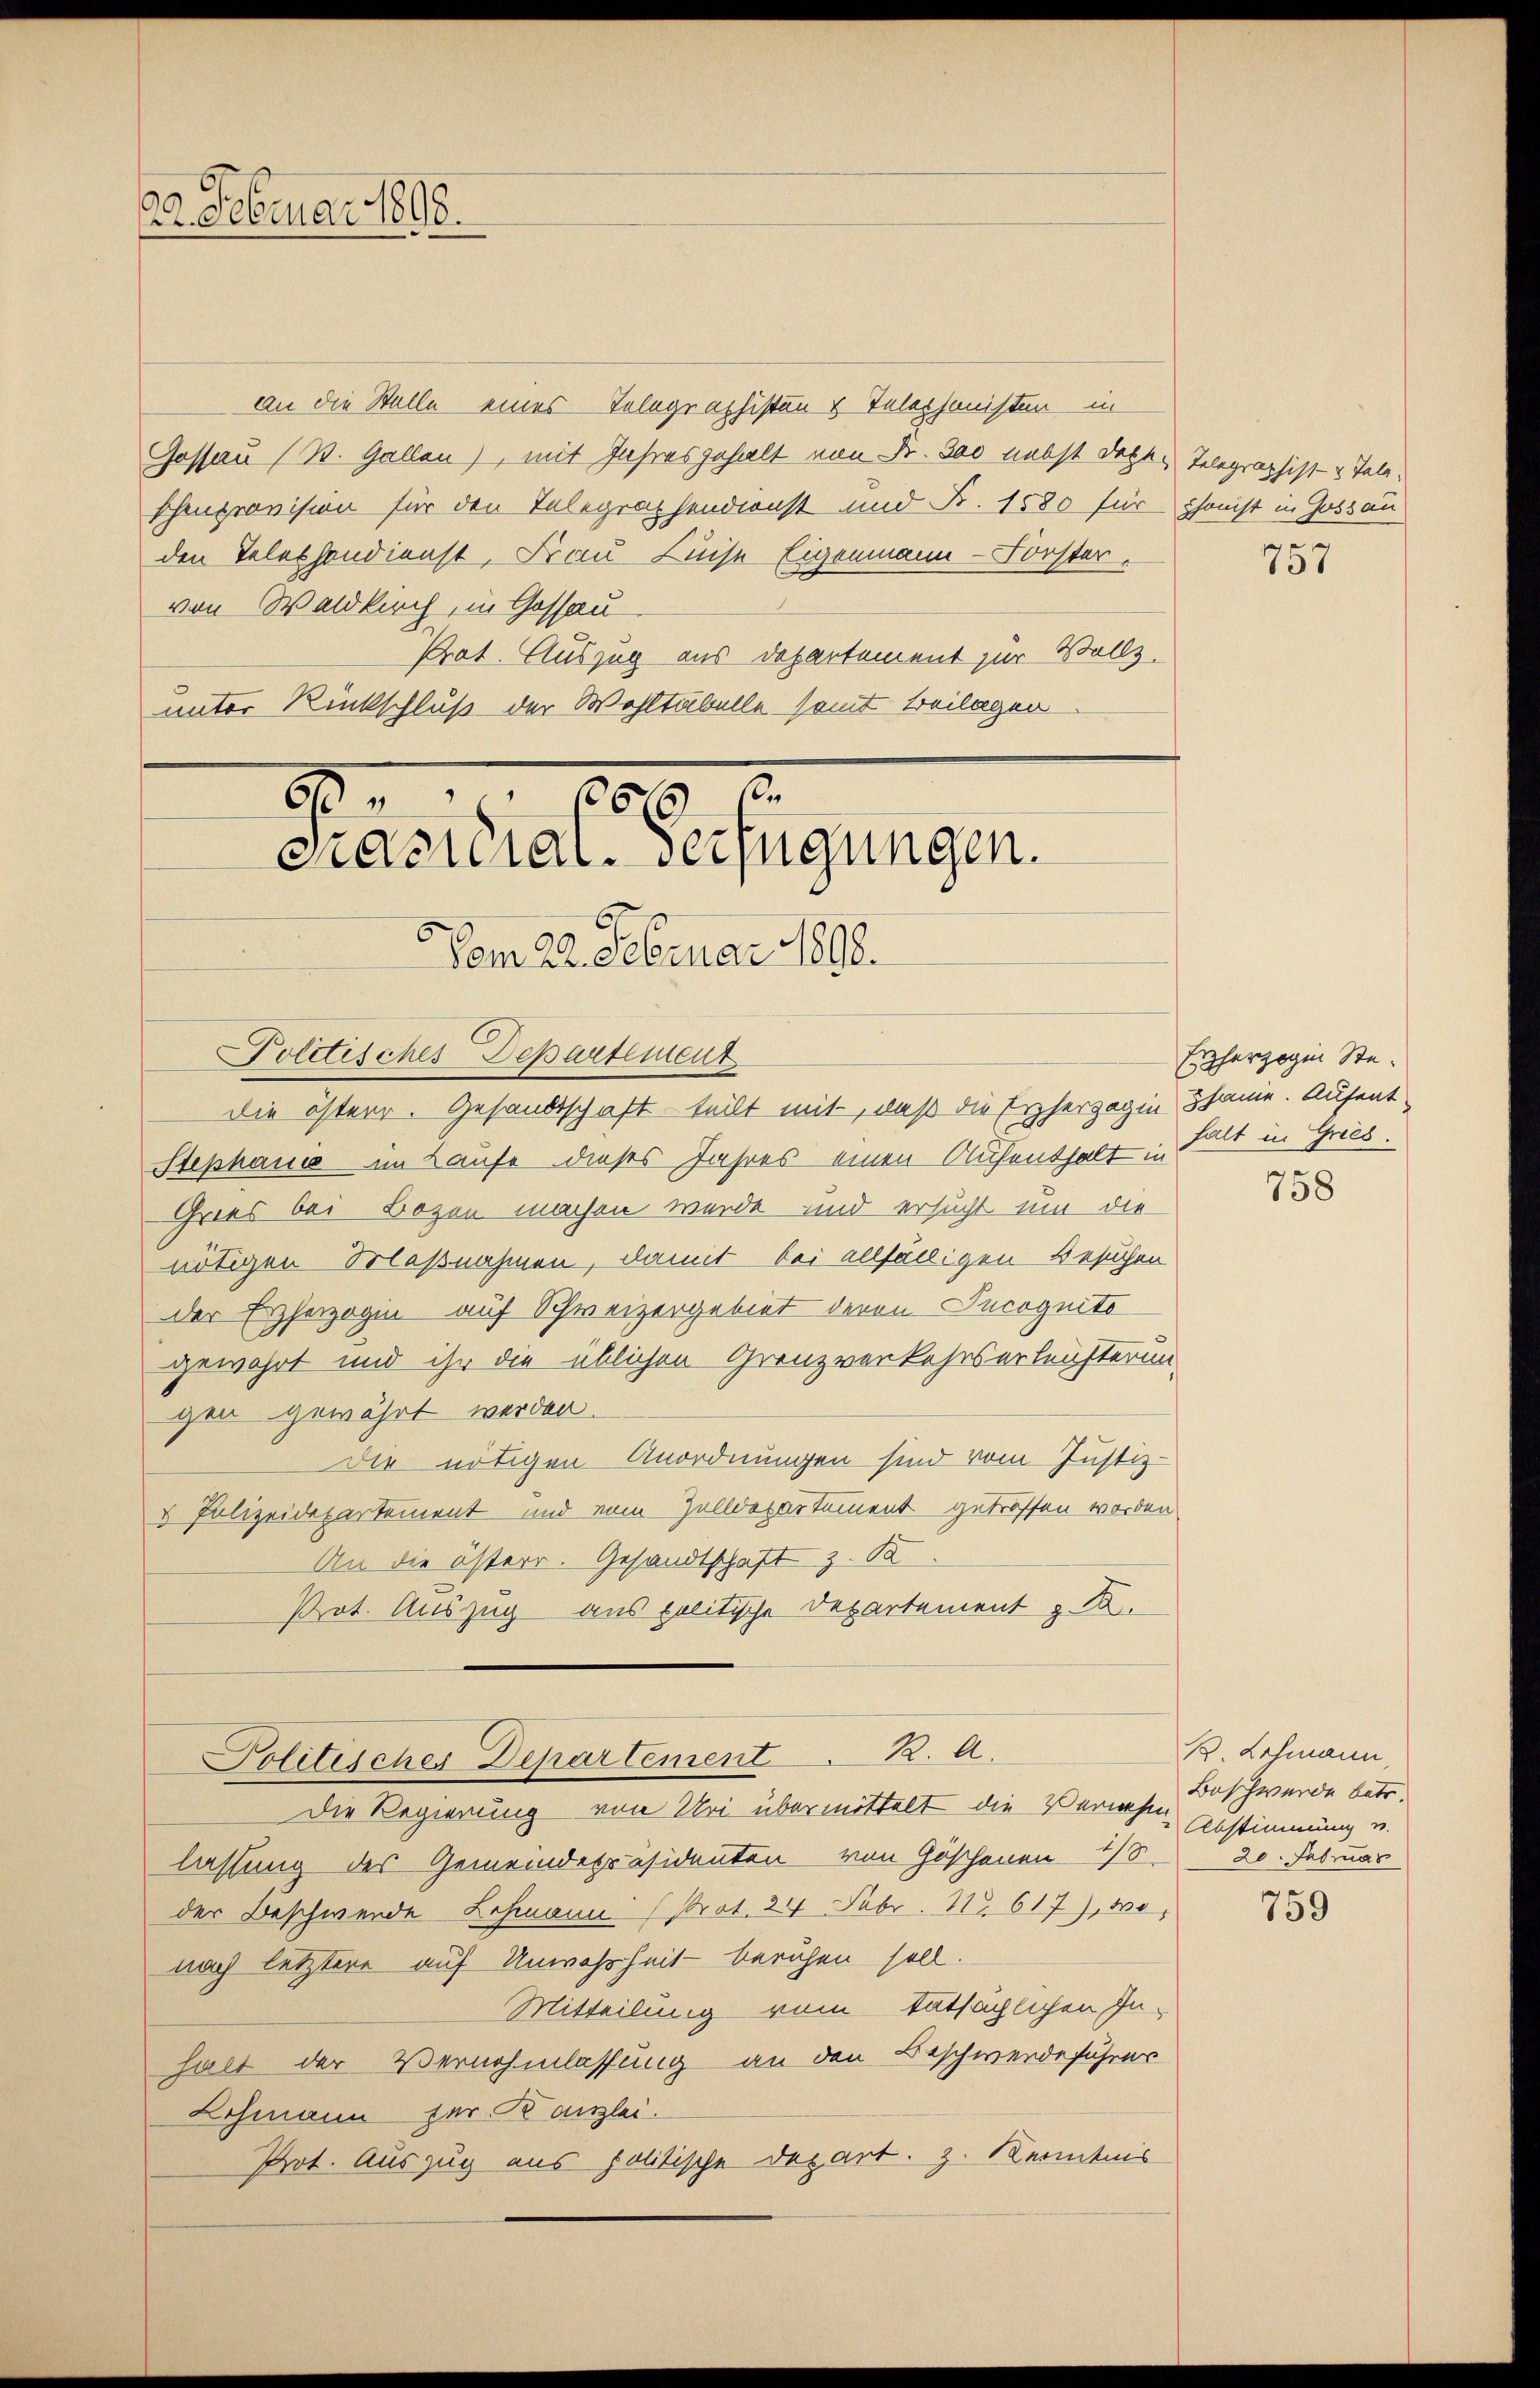
22. Februar 1898.

609. 2
cnacidial-Verfügungen.
Vom 22. Februar 1890.

an die Stelle eines Telegraphisten & Telephonisten in
Gossau (St. Gallen), mit Jahresgehalt von Fr. 300 nebst Dott-Telegraphist- & Teleschenprovision für den Telegraphendionst und B. 1580 für phonist in Gossau
den Telephondienst, Frau Luise Eigenmann-Forster.
von Waldkirch, in Gossau
Prat. Auszug aus Departement zur Walls.
unter Rückschluß der Wohltabelle samt Beilagen

Politisches Departement
die österr. Gesandtschaft teilt mit, daß die Erzherzogin same. Aufent¬
Stephanis im Laufe dieses Jahres einen Aufenthalt u. hält in Gries,
Gries bei Bozen machen werde und ersucht um die
nötigen Maßnahmen, damit bei allfälligen Besuchen
der Erzherzogen auf Schweizergebiet deren Incognito
gewährt und ihr die üblichen Grenzverkehrserleuchterung
gen gewährt werden.
die nötigen Anordnungen sind vom Justiz-
& Polizeidepartement und vom Zolldepartement getroffen worden
An die österr. Gesandtschaft z. Sa
Prot. Auszug aus politische Departement z. B.
Politisches Departement K. A.
Die Regierung von Uri übermittelt die Verweise Beschwerde betr.
lassung des Gemeindepräsidenten von Göschenen 18.
der Beschwerde Lehmann (Prot. 21 Febr. No. 617), 100
nach letztere auf Unwahrheit beruhen soll.
Mitteilung vom tatsächlichen Inhalt der Vernehmlassung an den Beschwerdeführer
Lehmann zur Kanzlei.
Prot. Auszug aus politische Depart. Z. Kenntnis

757

Erzherzogin Ste¬

758

B. Lehmann,
Abstimmung u.
20. Februar

759